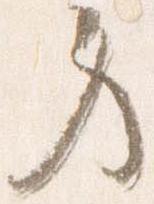
労